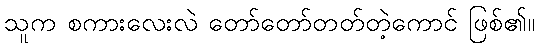
သူက စကားလေးလဲ တော်တော်တတ်တဲ့ကောင် ဖြစ်၏။